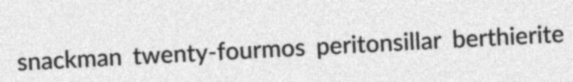
snackman twenty-fourmos peritonsillar berthierite